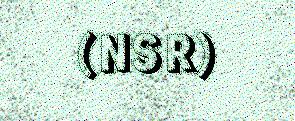
(NSR)